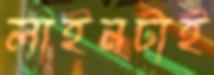
লাইনটাই